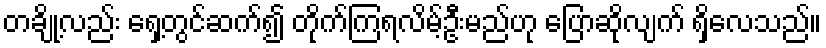
တချို့လည်း ရှေ့တွင်ဆက်၍ တိုက်ကြရလိမ့်ဦးမည်ဟု ပြောဆိုလျက် ရှိလေသည်။